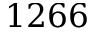
1 2 6 6